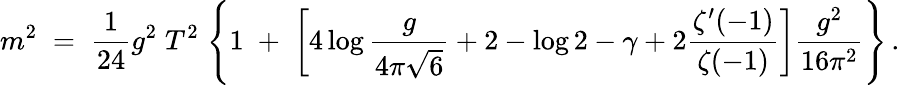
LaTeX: m^{2}\; =\; {\frac{1}{24}}g^{2}\; T^{2}\; \Bigg\{ 1\; +\; \left[4\log{\frac{g}{4\pi\sqrt{6}}}+2-\log 2-\gamma+2{\frac{\zeta^{\prime}(-1)}{\zeta(-1)}}\right]{\frac{g^{2}}{16\pi^{2}}}\Bigg\} \, .